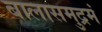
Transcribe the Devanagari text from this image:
बालासमुद्रमं